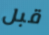
قبل